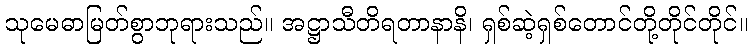
သုမေဓာမြတ်စွာဘုရားသည်။ အဋ္ဌာသီတိရတာနာနိ၊ ရှစ်ဆဲ့ရှစ်တောင်တို့တိုင်တိုင်။